Indian Civil Veterinary Department memoirs
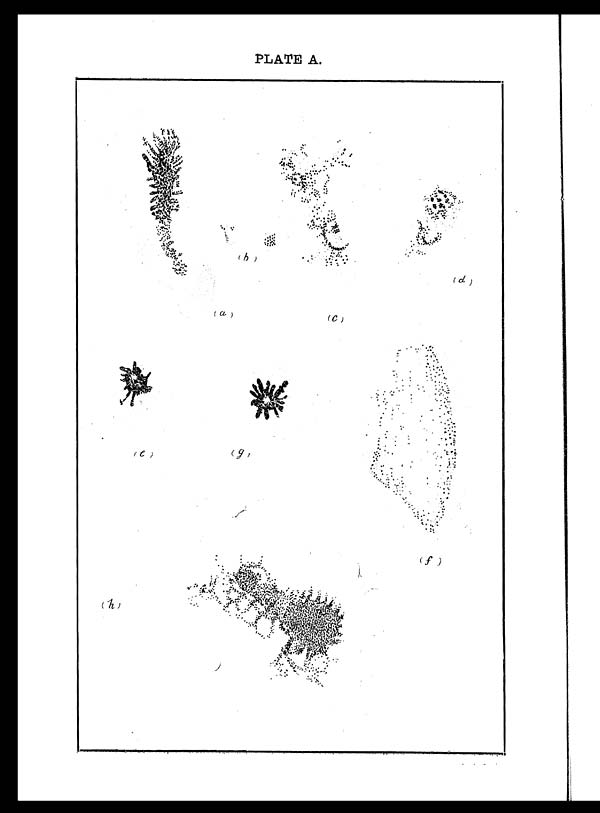
PLATE A.